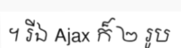
។ រីឯ Ajax ក៏ ២ រូប